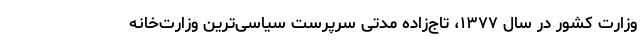
وزارت کشور در سال ۱۳۷۷، تاج‌زاده مدتی سرپرست سیاسی‌ترین وزارت‌خانه